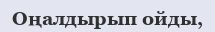
Оңалдырып ойды,